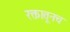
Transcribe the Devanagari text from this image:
रक्तातूनच